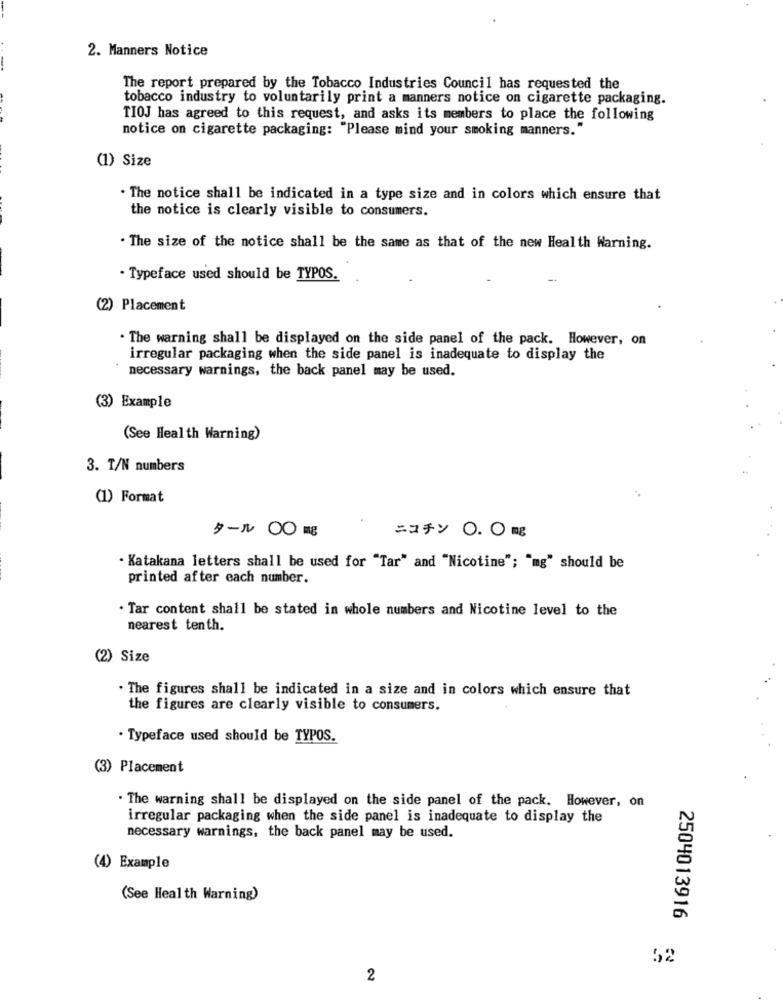
2. Manners Notice
The report prepared by the Tobacco Industries Council has requested the
tobacco industry to voluntarily print a manners notice on cigarette packaging.
TIOJ has agreed to this request, and asks its members to place the following
notice on cigarette packaging: "Please mind your smoking manners."
(1) Size
. The notice shall be indicated in a type size and in colors which ensure that
the notice is clearly visible to consumers.
. The size of the notice shall be the same as that of the new Health Warning.
. Typeface used should be TYPOS.
(2) Placement
. The warning shall be displayed on the side panel of the pack. However, on
irregular packaging when the side panel is inadequate to display the
necessary warnings, the back panel may be used.
(3) Example
(See Health Warning)
3. T/N numbers
(1) Format
タール ○○ 昭
ニコチン O.Omg
Katakana letters shall be used for "Tar" and "Nicotine"; "mg" should be
printed after each number.
. Tar content shall be stated in whole numbers and Nicotine level to the
nearest tenth.
(2) Size
. The figures shall be indicated in a size and in colors which ensure that
the figures are clearly visible to consumers.
· Typeface used should be TYPOS.
(3) Placement
. The warning shall be displayed on the side panel of the pack. However, on
irregular packaging when the side panel is inadequate to display the
necessary warnings, the back panel may be used.
(4) Example
(See Health Warning)
2504013916
52
2